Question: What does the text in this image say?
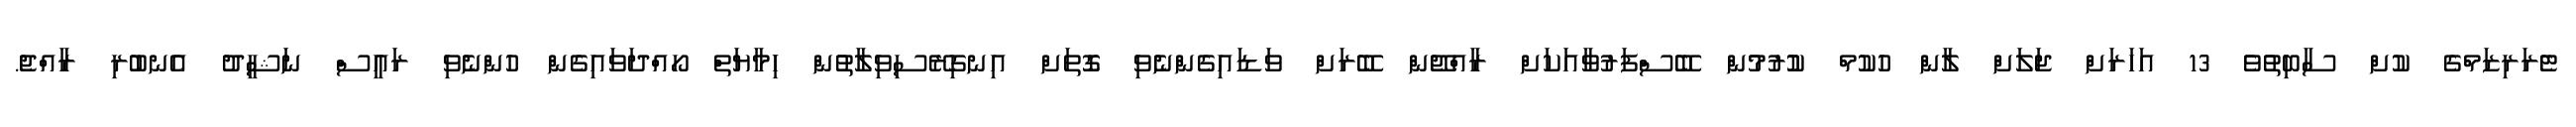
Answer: ޓެރަރިޒަމްގެ ކުށް ސާބިތުވެ 13 އަހަރަށް ޖަލަށް ލާން ހުކުމް ކުުރުމުން ބޭސްފަރުވާއަކަށް ރާއްޖޭން ބޭރަށް ވަޑައިގެންނެވި ގޮތަށް އިނގިރޭސިވިލާތުން ހިމާޔަތް ހޯއްދަވައިގެން ހުންނެވި ރައީސް ނަޝީދު އެނބުރި ރާއްޖެ.